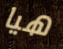
هيا